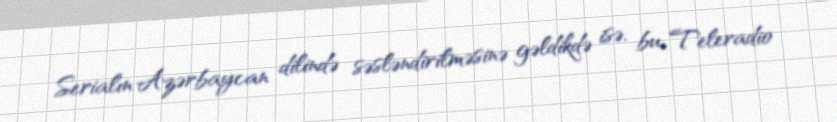
Serialın Azərbaycan dilində səsləndirilməsinə gəldikdə isə, bu, Teleradio